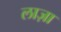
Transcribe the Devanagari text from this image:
लाज़ा